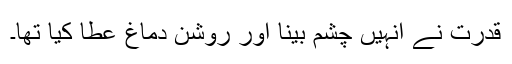
قدرت نے انہیں چشم بینا اور روشن دماغ عطا کیا تھا۔